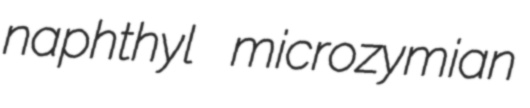
naphthyl microzymian